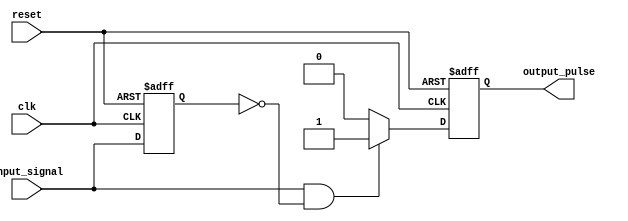
module FallingEdgePulseGenerator (
    input clk,
    input reset,
    input input_signal,
    output reg output_pulse
);

reg previous_input;

always @(posedge clk or posedge reset) begin
    if (reset) begin
        output_pulse <= 0;
        previous_input <= 0;
    end else begin
        if (input_signal && !previous_input) begin
            output_pulse <= 1;
        end else begin
            output_pulse <= 0;
        end
        previous_input <= input_signal;
    end
end

endmodule